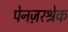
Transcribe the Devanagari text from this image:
पेनज़रश्रेक